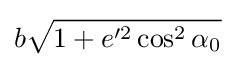
b{\sqrt {1+e'^{2}\cos ^{2}\alpha _{0}}}